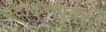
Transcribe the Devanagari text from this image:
एंटीकन्व्यूसैंट्स